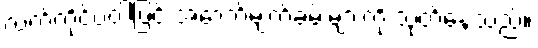
လက်ကိုင်ပဝါဖြင့် အောက်မျက်ခမ်းများကို သုတ်နေသည်။